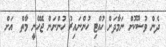
ދެން ވުޟޫކޮށް ނަމާދަށް ހުއްޓި ހުންނައިރު ހުންނަން ޖެހޭނީ މާތް  އަށް